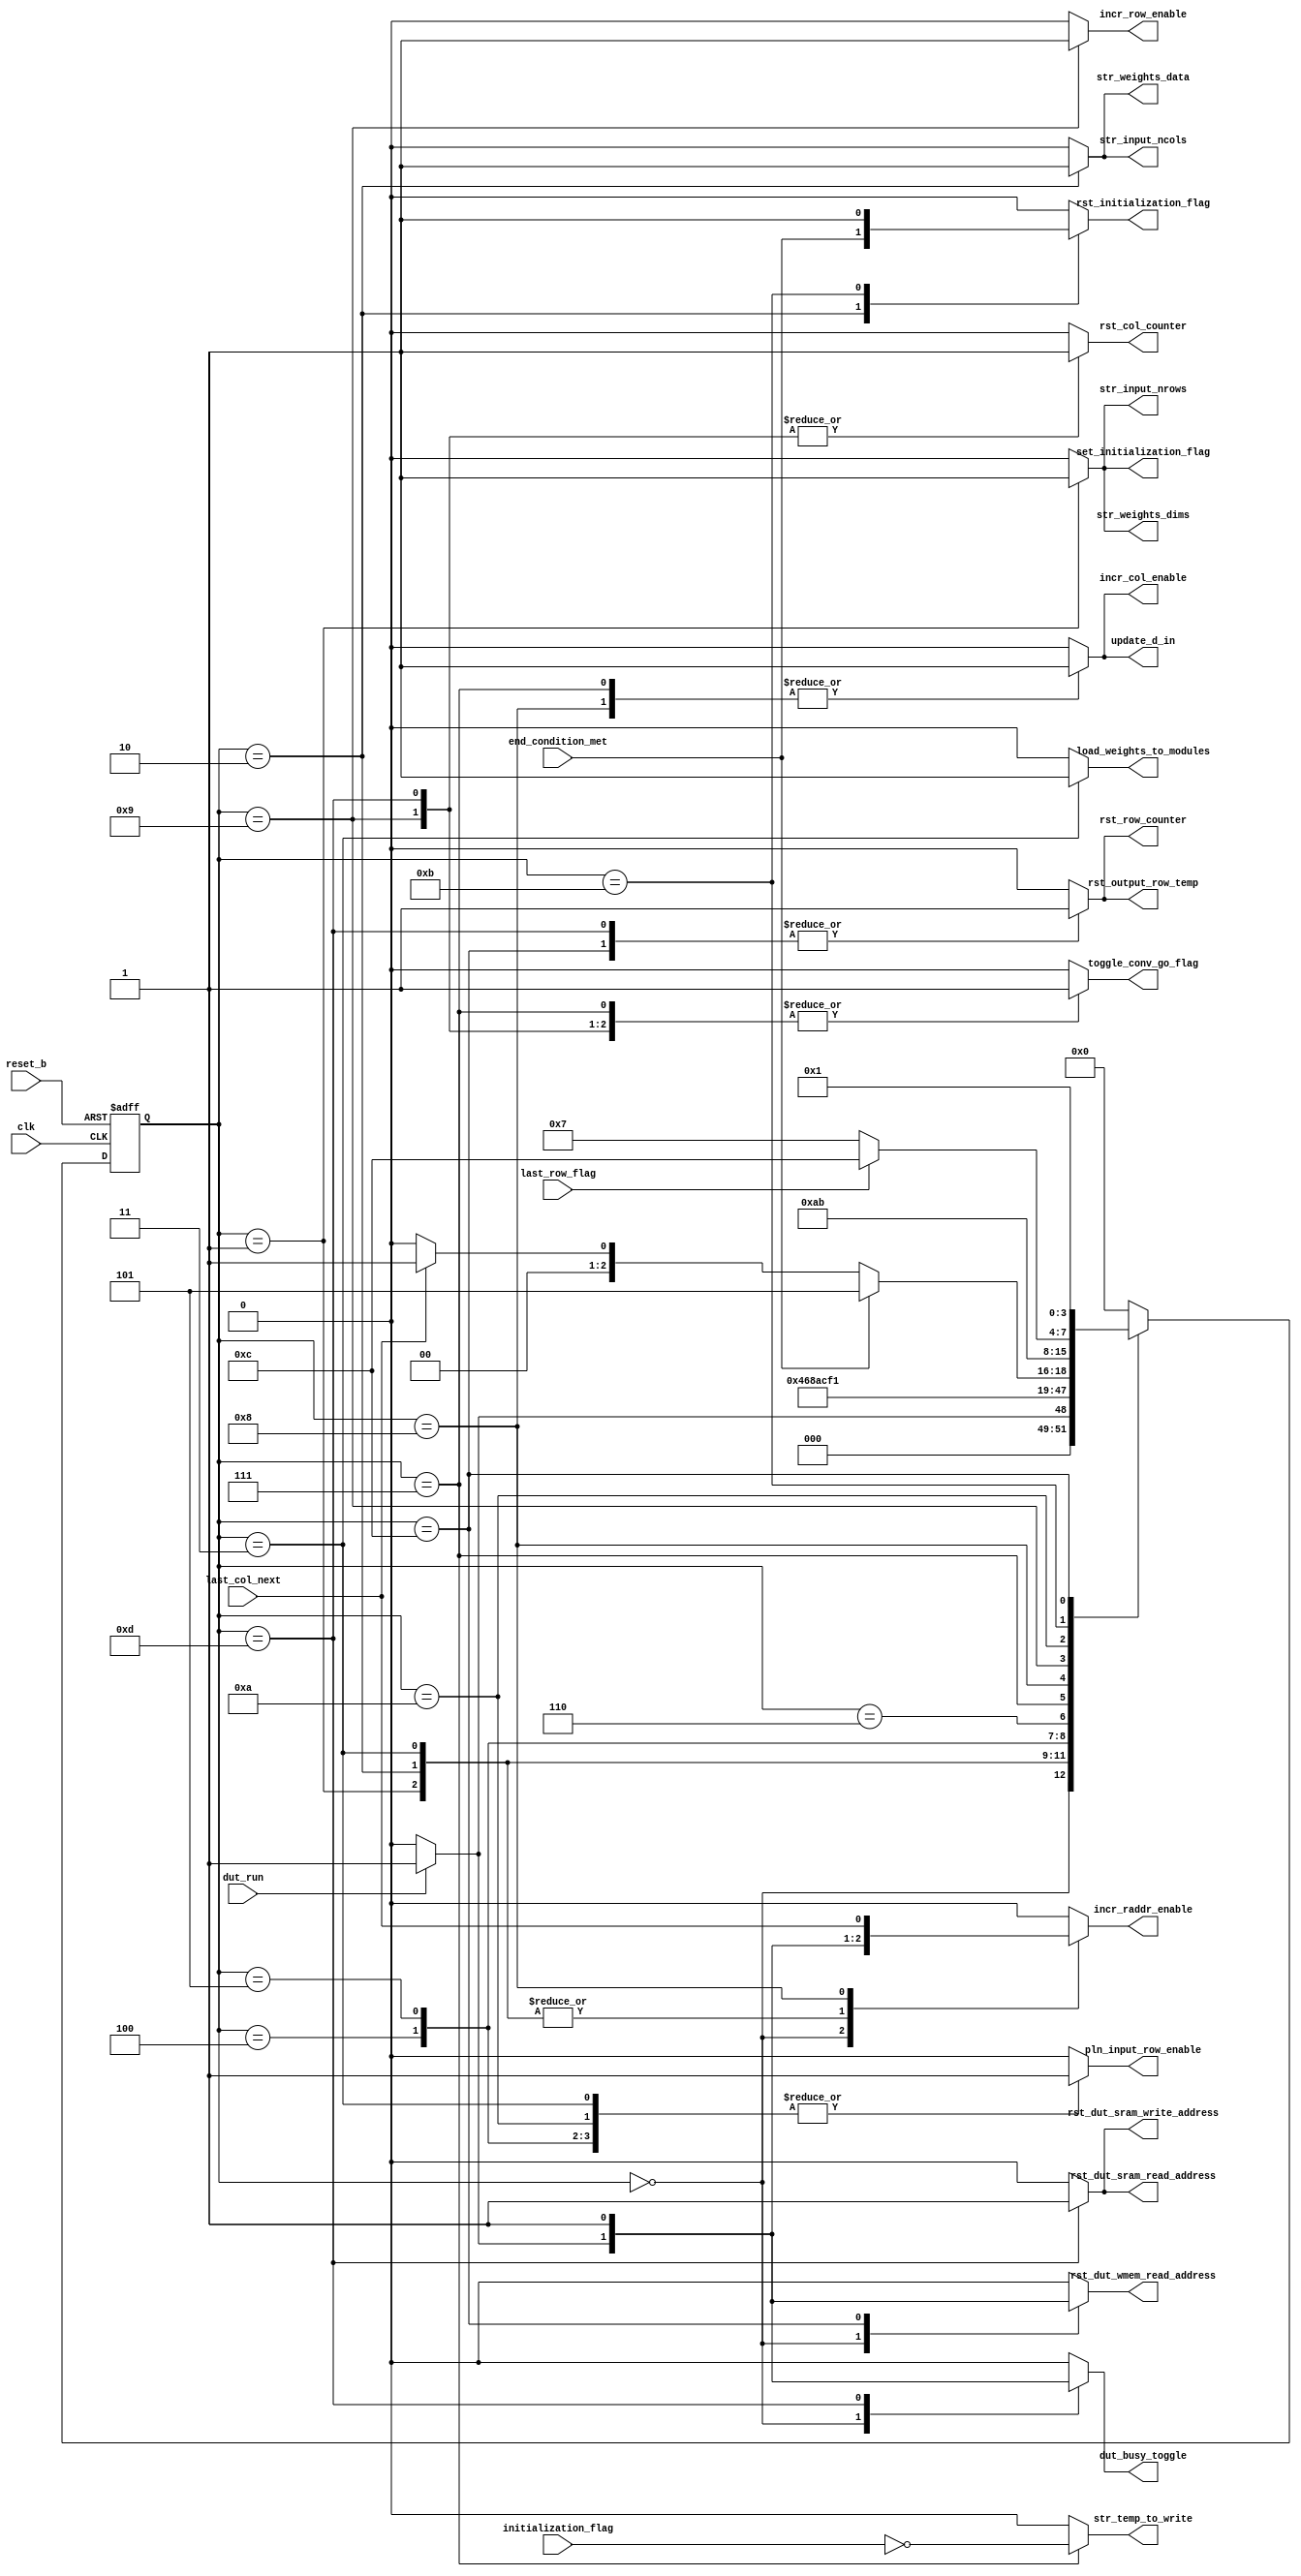
// ece564 - project 1 - Arpad Voros
module controller (	// top + mem
					dut_run,
					reset_b,
					clk,
					// inputs (data + mem conditions)
					end_condition_met,
					initialization_flag,
					last_col_next,
					last_row_flag,
					// outputs (control logic)
					dut_busy_toggle,
					set_initialization_flag,
					rst_initialization_flag,
					incr_col_enable,
					incr_row_enable,
					rst_col_counter,
					rst_row_counter,
					incr_raddr_enable,
					rst_dut_sram_write_address,
					rst_dut_sram_read_address,
					rst_dut_wmem_read_address,
					str_weights_dims,
					str_weights_data,
					str_input_nrows,
					str_input_ncols,
					pln_input_row_enable,
					str_temp_to_write,
					update_d_in,
					load_weights_to_modules,
					toggle_conv_go_flag,
					rst_output_row_temp
					);

// controller - logic controller, sets flags
// 				and indicators and such

// ========== IO INTERFACE ==========
// ========== IO INTERFACE ==========
// run flag from top
input dut_run;

// reset and clock
input reset_b;
input clk;

// inputs (data + mem conditions)
// descriptions in report
input end_condition_met;
input initialization_flag;
input last_col_next;
input last_row_flag;

// outputs (control logic)
// descriptions in report
output reg dut_busy_toggle;
output reg set_initialization_flag;
output reg rst_initialization_flag;
output reg incr_col_enable;
output reg incr_row_enable;
output reg rst_col_counter;
output reg rst_row_counter;
output reg incr_raddr_enable;
output reg rst_dut_sram_write_address;
output reg rst_dut_sram_read_address;
output reg rst_dut_wmem_read_address;
output reg str_weights_dims;
output reg str_weights_data;
output reg str_input_nrows;
output reg str_input_ncols;
output reg pln_input_row_enable;
output reg str_temp_to_write;
output reg update_d_in;
output reg load_weights_to_modules;
output reg toggle_conv_go_flag;
output reg rst_output_row_temp;


// ========== PARAMETERS ==========
// ========== PARAMETERS ==========
// high and low, used for flags and whatnot
parameter high = 1'b1;
parameter low = 1'b0;

// states
parameter [3:0]
	S0 = 4'b0000,
	S1 = 4'b0001,
	S2 = 4'b0010,
	S3 = 4'b0011,
	S4 = 4'b0100,
	S5 = 4'b0101,
	S6 = 4'b0110,
	S7 = 4'b0111,
	S8 = 4'b1000,
	S9 = 4'b1001,
	SA = 4'b1010,
	SB = 4'b1011,
	SC = 4'b1100,
	SD = 4'b1101,
	SE = 4'b1110,
	SF = 4'b1111;


// ========== LOCAL REGISTERS ==========
// ========== LOCAL REGISTERS ==========
// store states
reg [3:0] current_state, next_state;

// same state indicator
wire same_state_flag;
reg p_same_state_flag;


// ========== FLIP-FLOPS ==========
// ========== FLIP-FLOPS ==========
// FSM State Register
always@(posedge clk or negedge reset_b)
	if (!reset_b) current_state <= S0;
	else current_state <= next_state;

// Same State Register
always@(posedge clk)
	if (!reset_b) p_same_state_flag <= low;
	else p_same_state_flag <= same_state_flag;


// ========== COMBINATIONAL LOGIC ==========
// ========== COMBINATIONAL LOGIC ==========
// Logic
always@(current_state or same_state_flag)
begin
	// ========== NEXT STATE LOGIC ==========
	// ========== NEXT STATE LOGIC ==========
	case(current_state)
		S0: next_state = dut_run ? S1 : S0;
		S1: next_state = S2;
		S2: next_state = S3;
		S3: next_state = S4;
		S4: next_state = S5;
		S5: next_state = S6;
		S6: next_state = S7;
		S7: next_state = S8;
		S8: next_state = end_condition_met ? SD : (last_col_next ? S9 : S8);
		S9: next_state = SA;
		SA: next_state = SB;
		SB: next_state = last_row_flag ? SC : S7;
		SC: next_state = S1;
		SD: next_state = S0;
		default: next_state = S0;
	endcase
	
	
	// ========== LOGIC FOR OUTPUTS ==========
	// ========== LOGIC FOR OUTPUTS ==========
	// defaults	
	dut_busy_toggle = low;
	set_initialization_flag = low;
	rst_initialization_flag = low;
	incr_col_enable = low;
	incr_row_enable = low;
	rst_col_counter = low;
	rst_row_counter = low;
	incr_raddr_enable = low;
	rst_dut_sram_write_address = low;
	rst_dut_sram_read_address = low;
	rst_dut_wmem_read_address = low;
	str_weights_dims = low;
	str_weights_data = low;
	str_input_nrows = low;
	str_input_ncols = low;
	pln_input_row_enable = low;
	str_temp_to_write = low;
	update_d_in = low;
	load_weights_to_modules = low;
	toggle_conv_go_flag = low;
	rst_output_row_temp = low;
	
	case(current_state)
		S0: begin
			if (dut_run) begin
				// set dut_busy flag
				dut_busy_toggle = high;
				// load weights data address
				// wmem data will show 2 clock cycles later
				rst_dut_wmem_read_address = high;
				// increment to store input dimension 2 (columns)
				// sram data will show 2 clock cycles later
				incr_raddr_enable = high;
			end
		end
		S1: begin
			// initializing flag
			// used to determine when a new input/weight
			// is starting to be loaded in
			set_initialization_flag = high;
			// store input dimension 1 (rows)
			str_input_nrows = high;
			// store weight dimensions
			str_weights_dims = high;
			// increment sram read address
			incr_raddr_enable = high;
		end
		S2: begin
			// reset initializing flag if end
			rst_initialization_flag = end_condition_met;
			// store input dimension 2 (columns)
			str_input_ncols = high;
			// store weight values
			str_weights_data = high;
			// increment sram read address
			incr_raddr_enable = high;
		end
		S3: begin
			// read in first row and pipeline the rest
			pln_input_row_enable = high;
			// load weights into convolution modules
			load_weights_to_modules = high;
			// increment sram read address
			incr_raddr_enable = high;
		end
		S4: begin
			// read in second row and pipeline the rest
			pln_input_row_enable = high;
		end
		S5: begin
			// read in third row and pipeline the rest
			pln_input_row_enable = high;
		end
		S6: begin 
			// nothing happens. just delays by 1 clock cycle to
			// let data be loaded in
		end
		S7: begin
			// increment column index for next data to be loaded
			// into convolution modules
			incr_col_enable = high;
			// update registers for data input of convolution modules
			update_d_in = high;
			// set convolution flag to high to pipeline
			// data through convolution modules
			toggle_conv_go_flag = high;
			// if not initializing (i.e., not coming from state 1-6)
			// then this is calculating new output while old output
			// is ready to be stored
			str_temp_to_write = ~initialization_flag;
		end
		S8: begin
			// increment column index for next data to be loaded
			// into convolution modules
			incr_col_enable = high;
			// update registers for data input of convolution modules
			update_d_in = high;
			// if next calculation is for final column (i.e.
			// moving to state 9), increment read address 
			incr_raddr_enable = last_col_next;
		end
		S9: begin
			// increment row index to prepare for next row
			incr_row_enable = high;
			// reset column counter
			rst_col_counter = high;
			// set convolution flag to low to allow for new
			// data to be read
			toggle_conv_go_flag = high;
		end
		SA: begin
			// read in next row and pipeline the rest
			pln_input_row_enable = high;
		end
		SB: begin
			// reset initializing flag
			// since last row was reached. next input
			// is either new input dimensions or EOF
			rst_initialization_flag = high;
		end
		SC: begin
			// last row reached
			rst_row_counter = high;
			// reset output storage register
			rst_output_row_temp = high;
			// going back to state where weight data
			// is stored. set read address to 1 briefly for the read
			rst_dut_wmem_read_address = high;
		end
		SD: begin
			// reset dut_busy flag
			dut_busy_toggle = high;
			// stopping, but expected to continue with convolution
			// therefore toggled once more to turn it off
			toggle_conv_go_flag = high;
			// reset counters, output storage, and addresses
			rst_col_counter = high;
			rst_row_counter = high;
			rst_output_row_temp = high;
			rst_dut_sram_write_address = high;
			rst_dut_sram_read_address = high;
		end
		default: begin end
	endcase
end


// ========== WIRES ==========
// ========== WIRES ==========
// same state indicator 
assign same_state_flag = (current_state == next_state) ? ~p_same_state_flag : p_same_state_flag;

endmodule